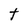
Character: t